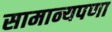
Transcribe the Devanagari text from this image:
सामान्यपणा